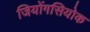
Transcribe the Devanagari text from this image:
जियोंगसियोक